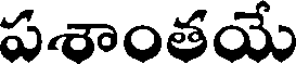
పశాంతయే